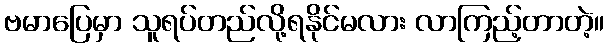
ဗမာပြေမှာ သူရပ်တည်လို့ရနိုင်မလား လာကြည့်တာတဲ့။